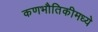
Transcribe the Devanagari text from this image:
कणभौतिकीमध्ये